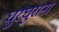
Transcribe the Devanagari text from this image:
घुरघुराना